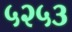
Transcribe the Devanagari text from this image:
५२५३